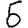
Digit: 6